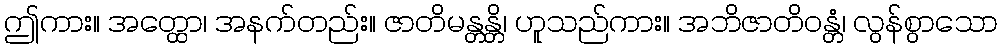
ဤကား။ အတ္ထော၊ အနက်တည်း။ ဇာတိမန္တန္တိ၊ ဟူသည်ကား။ အဘိဇာတိဝန္တံ၊ လွန်စွာသော